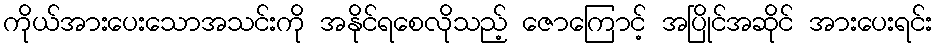
ကိုယ်အားပေးသောအသင်းကို အနိုင်ရစေလိုသည့် ဇောကြောင့် အပြိုင်အဆိုင် အားပေးရင်း